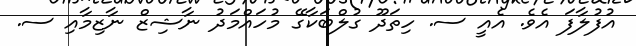
އުފުލާފަ އެވެ. އެއީ ސ. ހިތަދޫ ގުލްބަކާގޭ މުހައްމަދު ނާޝިޒް ނާޒިމާއި ސ.